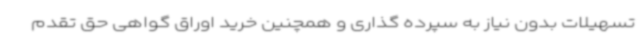
تسهیلات بدون نیاز به سپرده گذاری و همچنین خرید اوراق گواهی حق تقدم